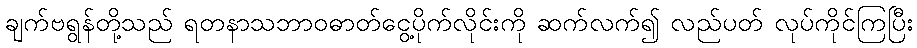
ချက်ဗရွန်တို့သည် ရတနာသဘာဝဓာတ်ငွေ့ပိုက်လိုင်းကို ဆက်လက်၍ လည်ပတ် လုပ်ကိုင်ကြပြီး